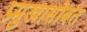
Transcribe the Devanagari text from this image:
प्रमुखासोबत